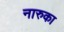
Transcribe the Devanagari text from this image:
नारुका